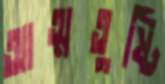
আত্মতুষ্টি